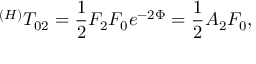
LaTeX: ^ { ( H ) } T _ { 0 2 } = \frac 1 2 F _ { 2 } F _ { 0 } e ^ { - 2 \Phi } = \frac 1 2 A _ { 2 } F _ { 0 } ,